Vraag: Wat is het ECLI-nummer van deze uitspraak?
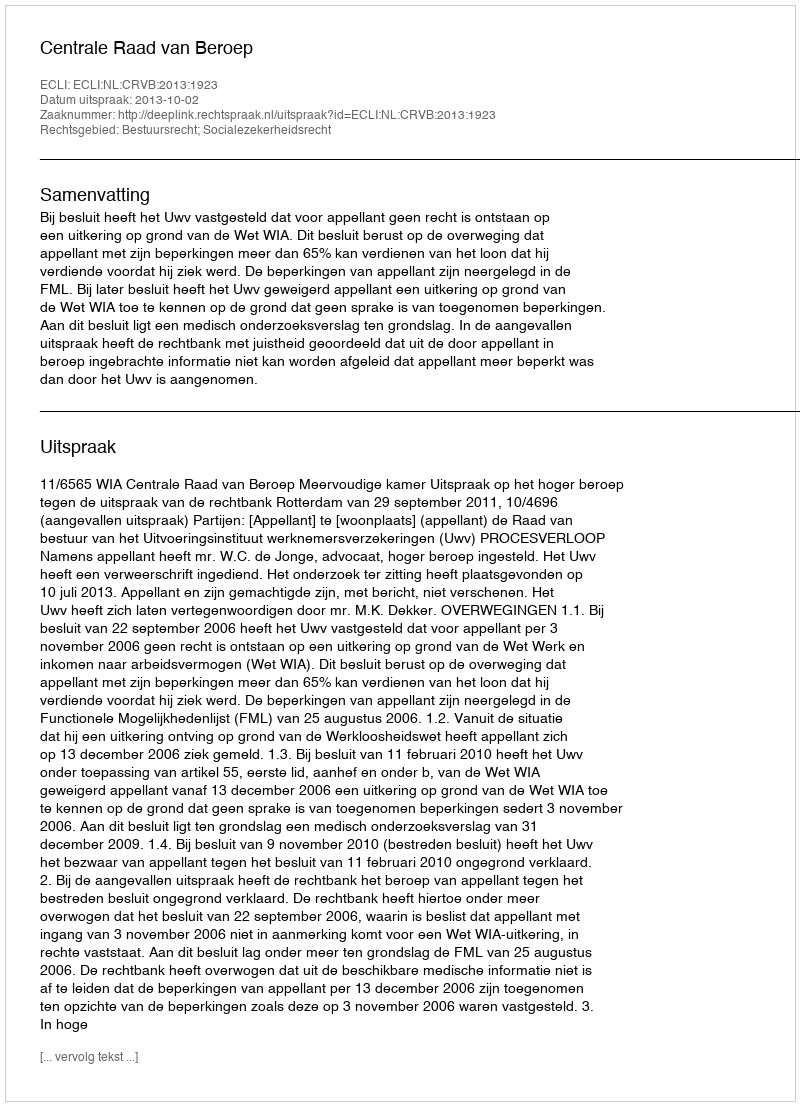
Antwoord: ECLI:NL:CRVB:2013:1923